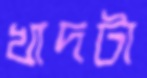
খাদটা